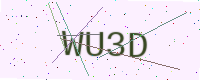
Text: WU3D